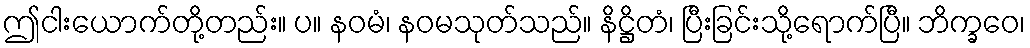
ဤငါးယောက်တို့တည်း။ ပ။ နဝမံ၊ နဝမသုတ်သည်။ နိဋ္ဌိတံ၊ ပြီးခြင်းသို့ရောက်ပြီ။ ဘိက္ခဝေ၊